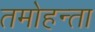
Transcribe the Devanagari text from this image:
तमोहन्ता